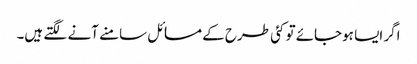
اگر ایسا ہوجائے تو کئی طرح کے مسائل سامنے آنے لگتے ہیں۔